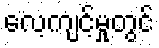
လေ့ကျင့်မှုတွင်